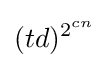
(td)^{2^{cn}}